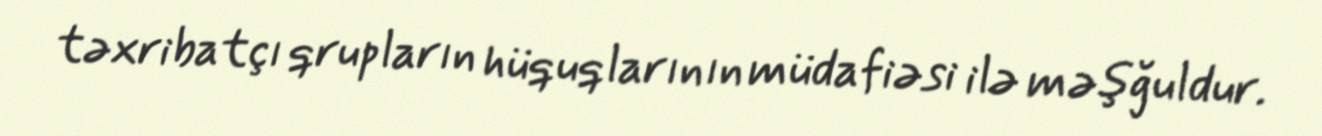
təxribatçı qrupların hüquqlarının müdafiəsi ilə məşğuldur.